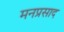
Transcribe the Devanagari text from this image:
मनप्रसाद